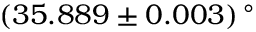
( 3 5 . 8 8 9 \pm 0 . 0 0 3 ) \, ^ { \circ }